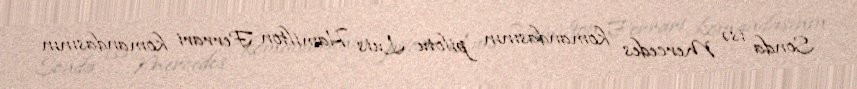
Sonda isə Mercedes komandasının pilotu Luis Hamilton Ferrari komandasının